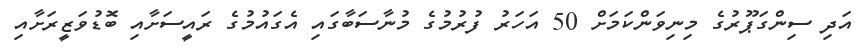
އަދި ސިންގަޕޫރުގެ މިނިވަންކަމަށް 50 އަހަރު ފުރުމުގެ މުނާސަބާގައި އެގައުމުގެ ރައީސަށާއި ބޮޑުވަޒީރަށާއި